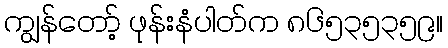
ကျွန်တော့် ဖုန်းနံပါတ်က ၈၆၅၃၅၃၅၉။